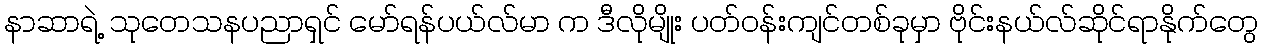
နာဆာရဲ့ သုတေသနပညာရှင် မော်ရန်ပယ်လ်မာ က ဒီလိုမျိုး ပတ်ဝန်းကျင်တစ်ခုမှာ ဗိုင်းနယ်လ်ဆိုင်ရာနိုက်တွေ